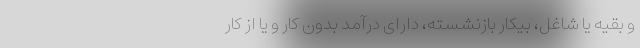
و بقیه یا شاغل، بیکار بازنشسته، دارای درآمد بدون کار و یا از کار